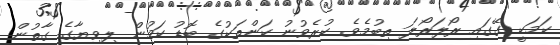
ކަމަކީ ގޭގައި ރޯލަރޯލަ ތިބުމެވެ. ކުރެވުނު ކަންތަކުގެ ބޮޑު ކަމުން ލިވިޔާގެ ގާތުން